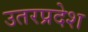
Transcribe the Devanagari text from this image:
उतरप्रदेश